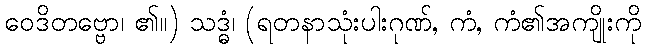
ဝေဒိတဗ္ဗော၊ ၏။) သဒ္ဓံ၊ (ရတနာသုံးပါးဂုဏ်, ကံ, ကံ၏အကျိုးကို